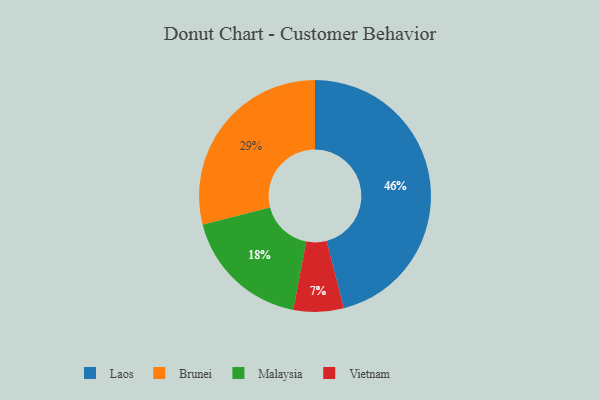
{"axis": {"x": "Category", "y": "Percentage"}, "legend": ["Brunei", "Laos", "Malaysia", "Vietnam"], "data": [{"x": "Malaysia", "y": 18, "type": "Malaysia"}, {"x": "Vietnam", "y": 7, "type": "Vietnam"}, {"x": "Laos", "y": 46, "type": "Laos"}, {"x": "Brunei", "y": 29, "type": "Brunei"}]}